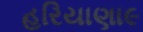
હરિયાણા૯